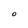
Character: O